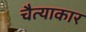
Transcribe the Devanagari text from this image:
चैत्याकार